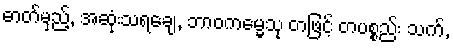
ဓာတ်မှည့်, အဆုံးသရချေ, ဘာဝကမ္မေသု တဖြင့် တပစ္စည်း သက်,